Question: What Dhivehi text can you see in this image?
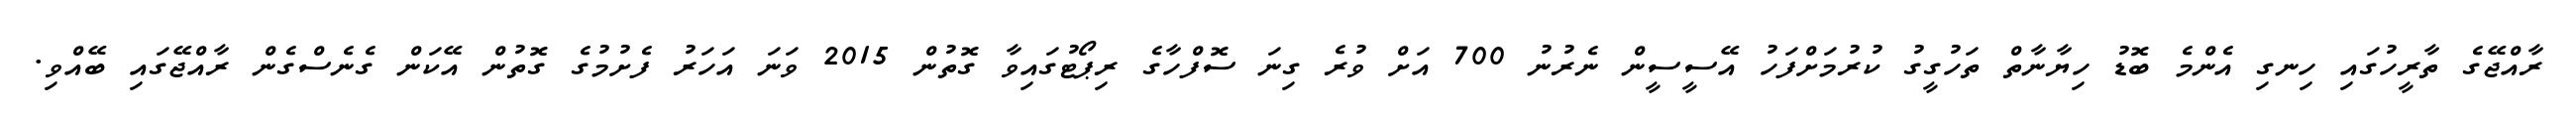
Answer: ރާއްޖޭގެ ތާރީހުގައި ހިނގި އެންމެ ބޮޑު ހިޔާނާތް ތަހުގީގު ކުރުމަށްފަހު އޭސީސީން ނެރުނު 700 އަށް ވުރެ ގިނަ ސޮފްހާގެ ރިޕޯޓުގައިވާ ގޮތުން 2015 ވަނަ އަހަރު ފެށުމުގެ ގޮތުން އޭކަން ގެނެސްގެން ރާއްޖޭގައި ބޭއްވި.